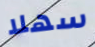
سهلا